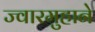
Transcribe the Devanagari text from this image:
ज्वारमुहाने